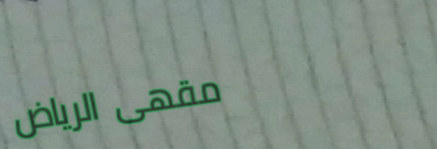
مقهى الرياض